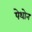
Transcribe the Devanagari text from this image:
पेथोन